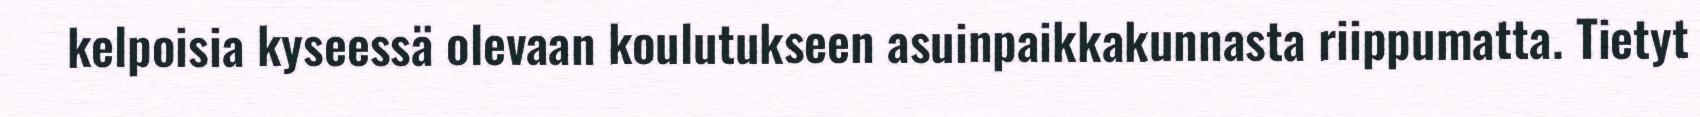
kelpoisia kyseessä olevaan koulutukseen asuinpaikkakunnasta riippumatta. Tietyt